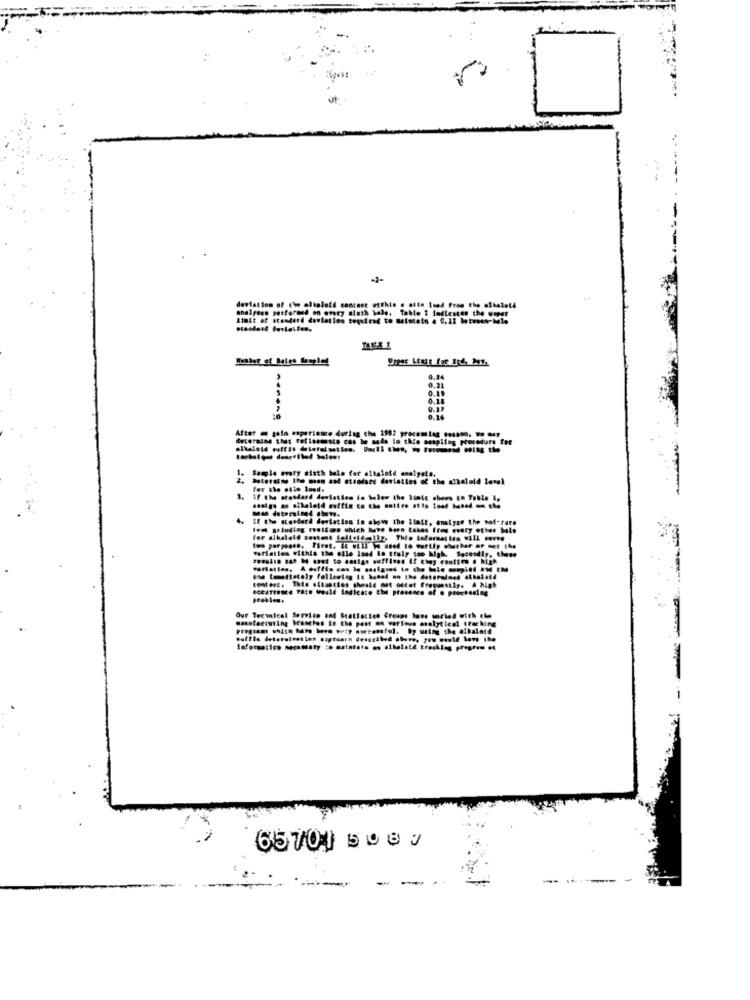
analyses performed on orcy aluth hole. Table 2 fedlestes che wiper
deviation of the alkaloid contest etthis . aile toed from the alkalet4
Limit of standard deviation tequirad to maintain 4 0,22 hetvann-hole
0,15
Alter . gain experience during the 1982 procomlag einco. . ..
determine that Fellesmeste can be made in this manpling procedure for
Sample evaty disth ble for allaloid analysis.
for the etio losd.
1.
If the standard deviation is below the Itate choes to Tobie
If the standard deviation in shows the Ifait, analyze the sof-ture
for alkalold Bestant felfoidelly. This Informes les Will serve
two porpossa. First. LE will ( used to partly shuthar ar met the
variaties within the elle load In truly too Mgh. Secondly, these
AceaTres6 Fate would indicate the presence of . processing
Our Technical Service and Statistics Creams love worked with the
@mastacturing brascios in the post on various analytical tracking
pregsamt which hrs been wety nwreensful. by using the alkalet4
Information necessty :o matatats en elhelsti trechten program .